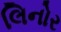
લિનોર